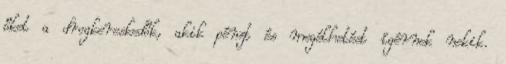
őket a drogkereskedők, akik pénzt és megélhetést ígérnek nekik.